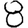
Digit: 8